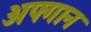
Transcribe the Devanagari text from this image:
अफ्गान